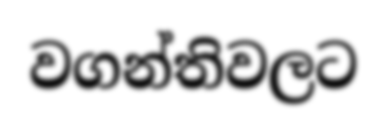
වගන්තිවලට